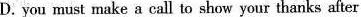
D. you must make a call to show your thanks after